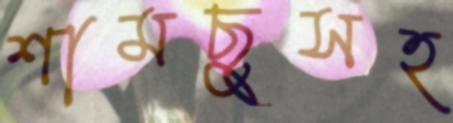
শামছুসহ